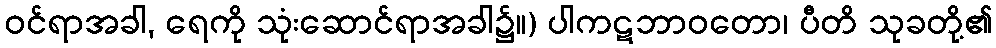
ဝင်ရာအခါ, ရေကို သုံးဆောင်ရာအခါ၌။) ပါကဋဘာဝတော၊ ပီတိ သုခတို့၏